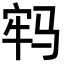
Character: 𩧷